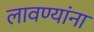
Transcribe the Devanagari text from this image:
लावण्यांना